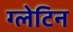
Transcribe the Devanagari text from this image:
ग्लेटिन